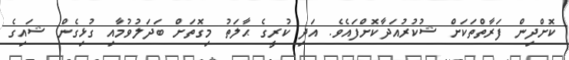
ކޮށްދިން ފަރާތްތަކަށް ޝުކުރުއަދާކޮށްފައެވެ. އަދި ކުރީގެ ޙާލަތު މިގޮތަށް ބަދަލުވުމާއި ގުޅިގެން ޝައިގެ